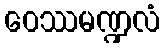
ဝေဿမဏ္ဍလံ